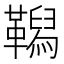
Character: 𩍆